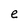
Character: e